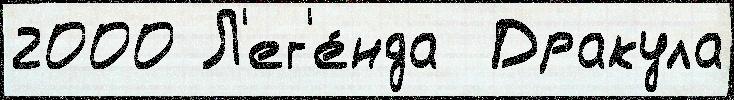
2000 Л'ег'е́нда  Дракула